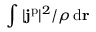
\int | \mathbf { j } ^ { \mathrm { p } } | ^ { 2 } / \rho \, \mathrm { d } \mathbf { r }